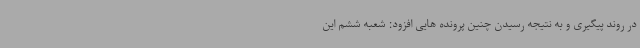
در روند پیگیری و به نتیجه رسیدن چنین پرونده هایی افزود: شعبه ششم این